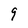
Character: 9